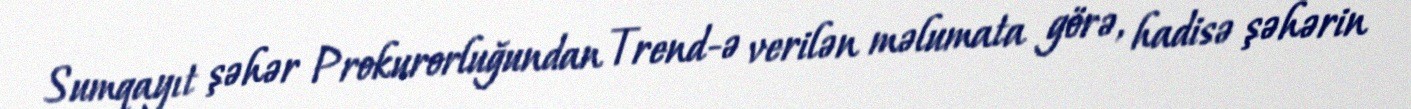
Sumqayıt şəhər Prokurorluğundan Trend-ə verilən məlumata görə, hadisə şəhərin